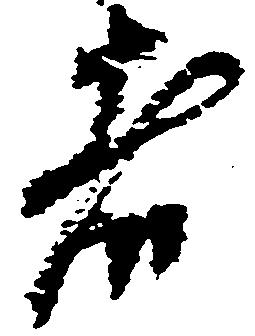
者